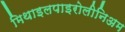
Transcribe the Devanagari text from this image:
मिथाइलपाइरोलीनिअम